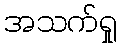
အသက်ရှု